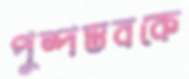
পুষ্পস্তবকে